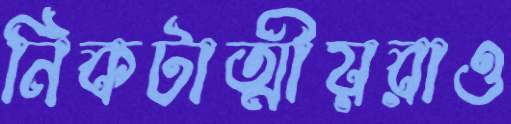
নিকটাত্মীয়রাও